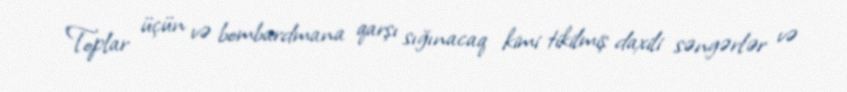
Toplar üçün və bombardmana qarşı sığınacaq kimi tikilmiş daxili səngərlər və